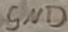
Text: GND